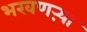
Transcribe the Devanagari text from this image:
भरवणऱ्या